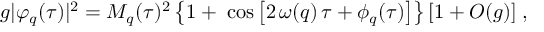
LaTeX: g | \varphi _ { q } ( \tau ) | ^ { 2 } = M _ { q } ( \tau ) ^ { 2 } \left\{ 1 + \; \cos \left[ 2 \, \omega ( q ) \, \tau + \phi _ { q } ( \tau ) \right] \right\} [ 1 + O ( g ) ] \; ,